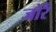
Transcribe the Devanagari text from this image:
जोरैं